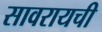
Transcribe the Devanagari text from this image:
सावरायची